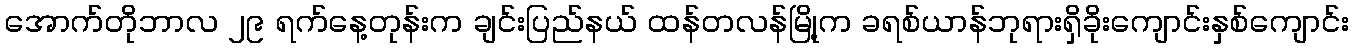
အောက်တိုဘာလ ၂၉ ရက်နေ့တုန်းက ချင်းပြည်နယ် ထန်တလန်မြို့က ခရစ်ယာန်ဘုရားရှိခိုးကျောင်းနှစ်ကျောင်း